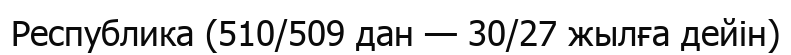
Республика (510/509 дан — 30/27 жылға дейін)